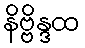
နိဗ္ဗိန္ဒထ